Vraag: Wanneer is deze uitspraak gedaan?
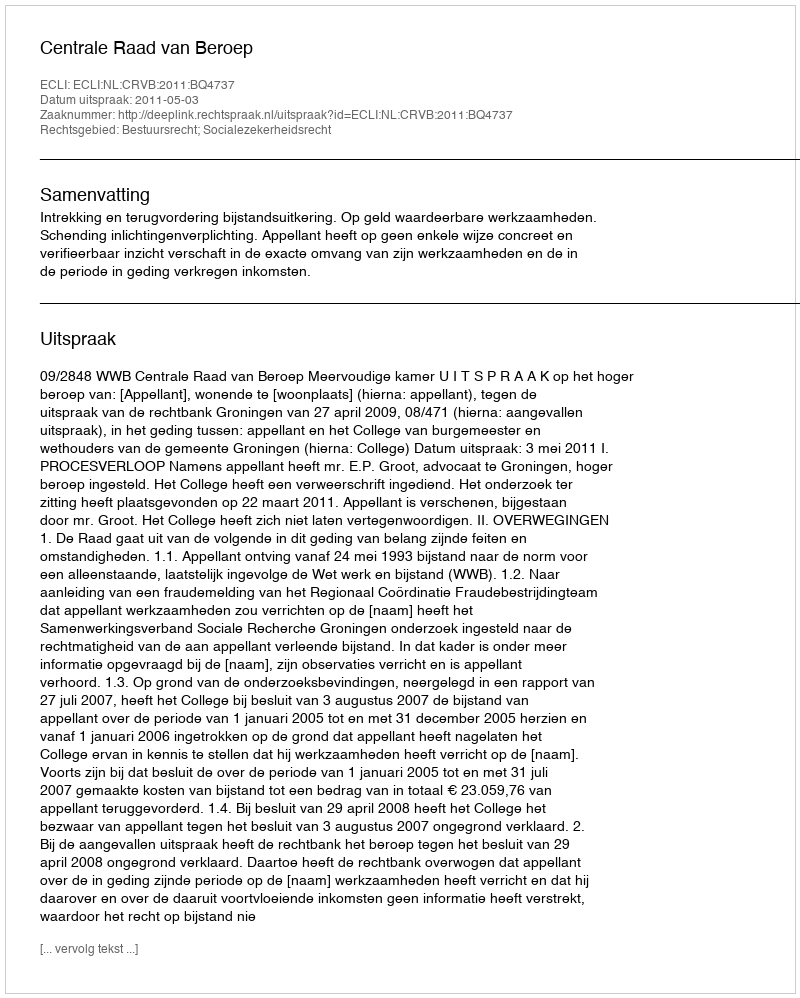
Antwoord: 2011-05-03